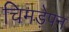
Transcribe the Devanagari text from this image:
चिमड़ेपन